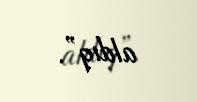
aldıq”.